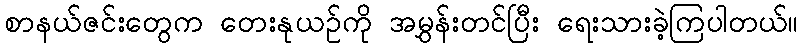
စာနယ်ဇင်းတွေက တေးနုယဉ်ကို အမွှန်းတင်ပြီး ရေးသားခဲ့ကြပါတယ်။